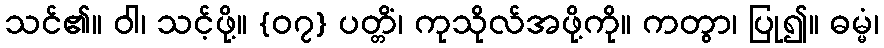
သင်၏။ ဝါ၊ သင့်ဖို့။ {၀၇} ပတ္တိံ၊ ကုသိုလ်အဖို့ကို။ ကတွာ၊ ပြု၍။ ဓမ္မံ၊